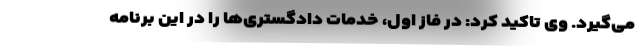
می‌گیرد. وی تاکید کرد: در فاز اول، خدمات دادگستری‌ها را در این برنامه